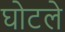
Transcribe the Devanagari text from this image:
घोटले